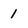
Character: 1